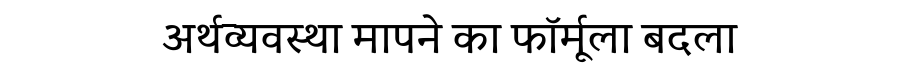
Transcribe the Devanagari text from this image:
अर्थव्यवस्था मापने का फॉर्मूला बदला